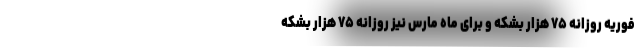
فوریه روزانه ۷۵ هزار بشکه و برای ماه مارس نیز روزانه ۷۵ هزار بشکه